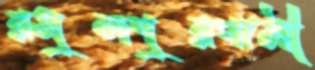
রসুলপুরগামী